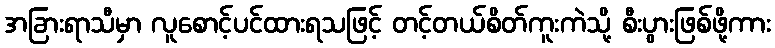
အခြားရာသီမှာ လူစောင့်ပင်ထားရသဖြင့် တင့်တယ်စိတ်ကူးကဲသို့ စီးပွားဖြစ်ဖို့ကား